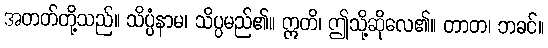
အတတ်တို့သည်။ သိပ္ပံနာမ၊ သိပ္ပမည်၏။ ဣတိ၊ ဤသို့ဆိုလေ၏။ တာတ၊ ဘခင်။